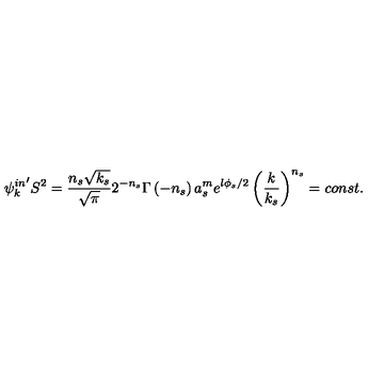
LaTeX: { { \psi } _ { k } ^ { i n } } ^ { \prime } S ^ { 2 } = \frac { n _ { s } \sqrt { k _ { s } } } { \sqrt { \pi } } 2 ^ { - n _ { s } } \Gamma \left( - n _ { s } \right) a _ { s } ^ { m } e ^ { l \phi _ { s } / 2 } \left( \frac k { k _ { s } } \right) ^ { n _ { s } } = c o n s t .